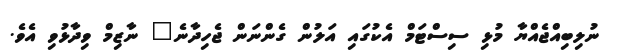
ނުލިބިއްޖެއްޔާ މުޅި ސިސްޓަމް އެކުގައި އަލުން ގެންނަން ޖެހިދާނެ" ނާޒިމް ވިދާޅުވި އެވެ.